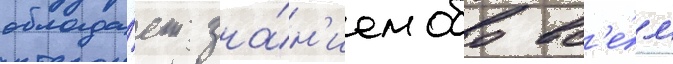
облада́ет зна́н'ием обо вс'е́м